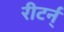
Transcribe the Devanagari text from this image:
रीटर्न्